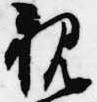
親